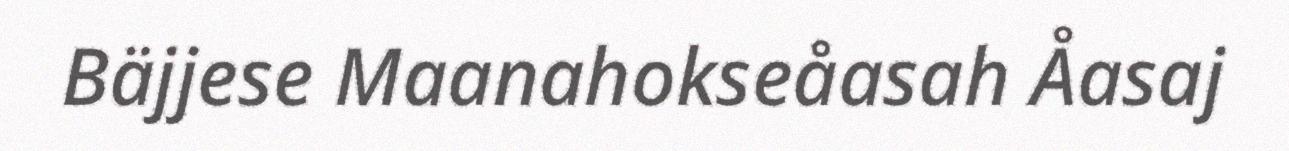
Bäjjese Maanahokseåasah Åasaj